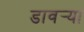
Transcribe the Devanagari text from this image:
डावर्‍या